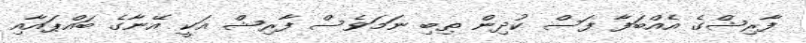
ފާރިޝްގެ އެއްބަފާ ފަސް ކުދިން ތިބި ނަަމަވެސް ފާރިޝް އަކީ އޭނާގެ ބައްޕައާއި